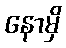
နောမှိ